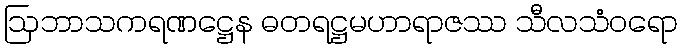
ဩဘာသကရဏဋ္ဌေန ဓတရဋ္ဌမဟာရာဇဿ သီလသံဝရော